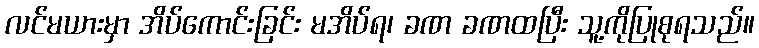
လင်မယားမှာ အိပ်ကောင်းခြင်း မအိပ်ရ၊ ခဏ ခဏထပြီး သူ့ကိုပြုစုရသည်။